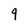
Character: g